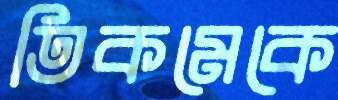
তিকমেকে